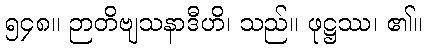
၅၄၈။ ဉာတိဗျသနာဒီဟိ၊ သည်။ ဖုဋ္ဌဿ၊ ၏။